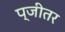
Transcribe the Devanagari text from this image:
प्जीतर